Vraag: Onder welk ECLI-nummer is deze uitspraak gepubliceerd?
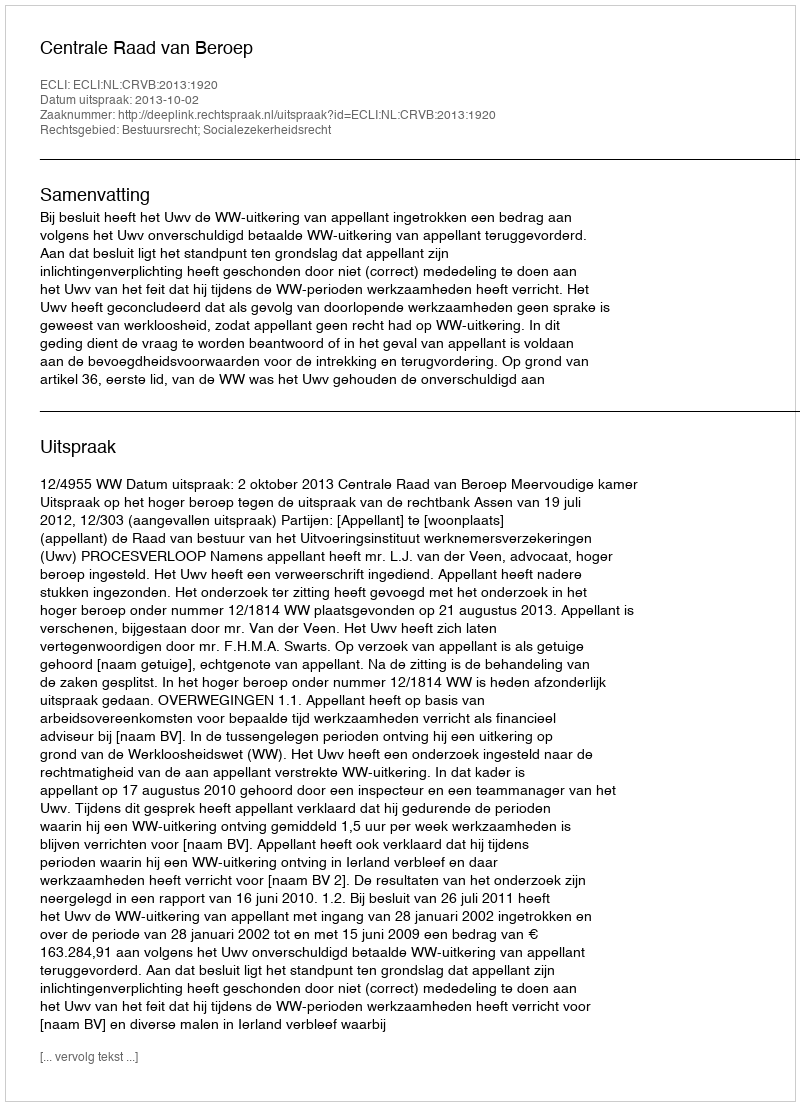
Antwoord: ECLI:NL:CRVB:2013:1920